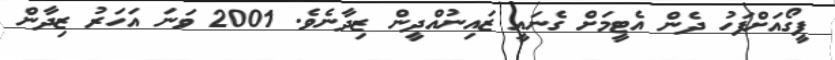
ފީގޯއަށްފަހު ދެން އެޓީމަށް ގެނައީ ޒައިނުއްދީން ޒިދާނެވެ. 2001 ވަނަ އަހަރު ޒިދާން